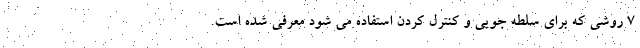
7 روشی که برای سلطه جویی و کنترل کردن استفاده می شود معرفی شده است.